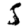
Digit: 5